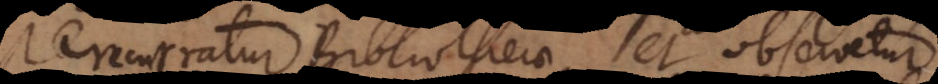
curratur Bibliotheca, et observetur